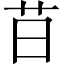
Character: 䒤